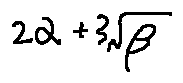
2 \alpha + 3 \sqrt { \beta }